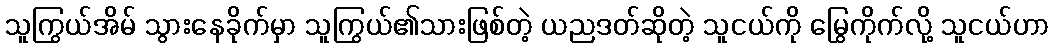
သူကြွယ်အိမ် သွားနေခိုက်မှာ သူကြွယ်၏သားဖြစ်တဲ့ ယညဒတ်ဆိုတဲ့ သူငယ်ကို မြွေကိုက်လို့ သူငယ်ဟာ